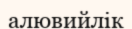
алювийлік